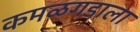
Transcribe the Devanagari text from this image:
कमळगडाला